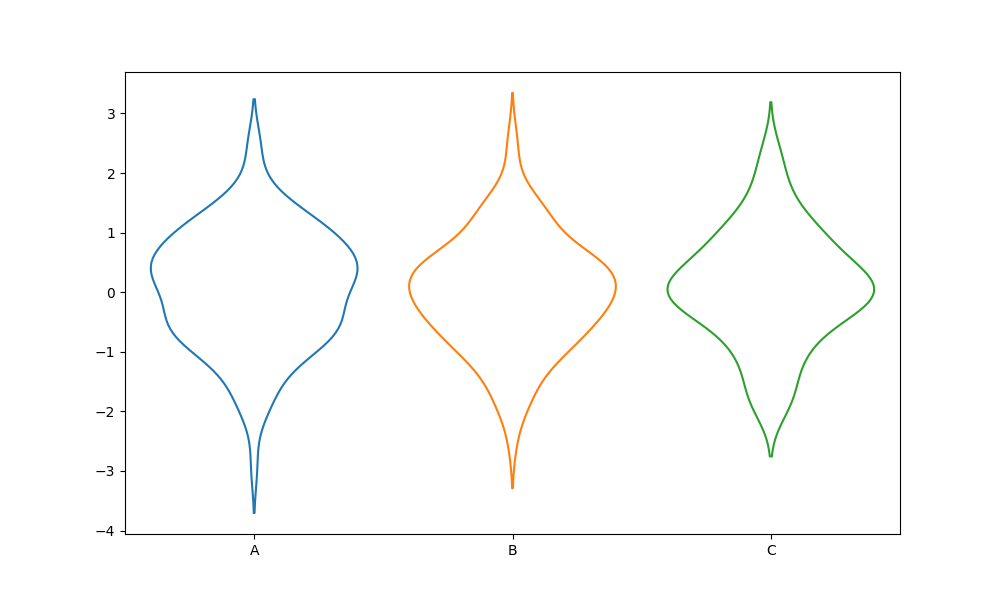
python, seaborn, violinplot, scale='count', split='False', inner='None', fill='False'